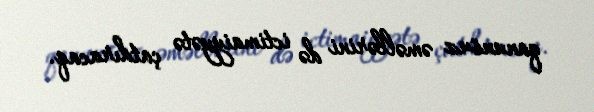
qanunsuz əməllərini də ictimaiyyətə çatdıracaq.